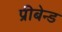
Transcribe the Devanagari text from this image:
प्रीबेन्ड